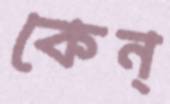
কেন্